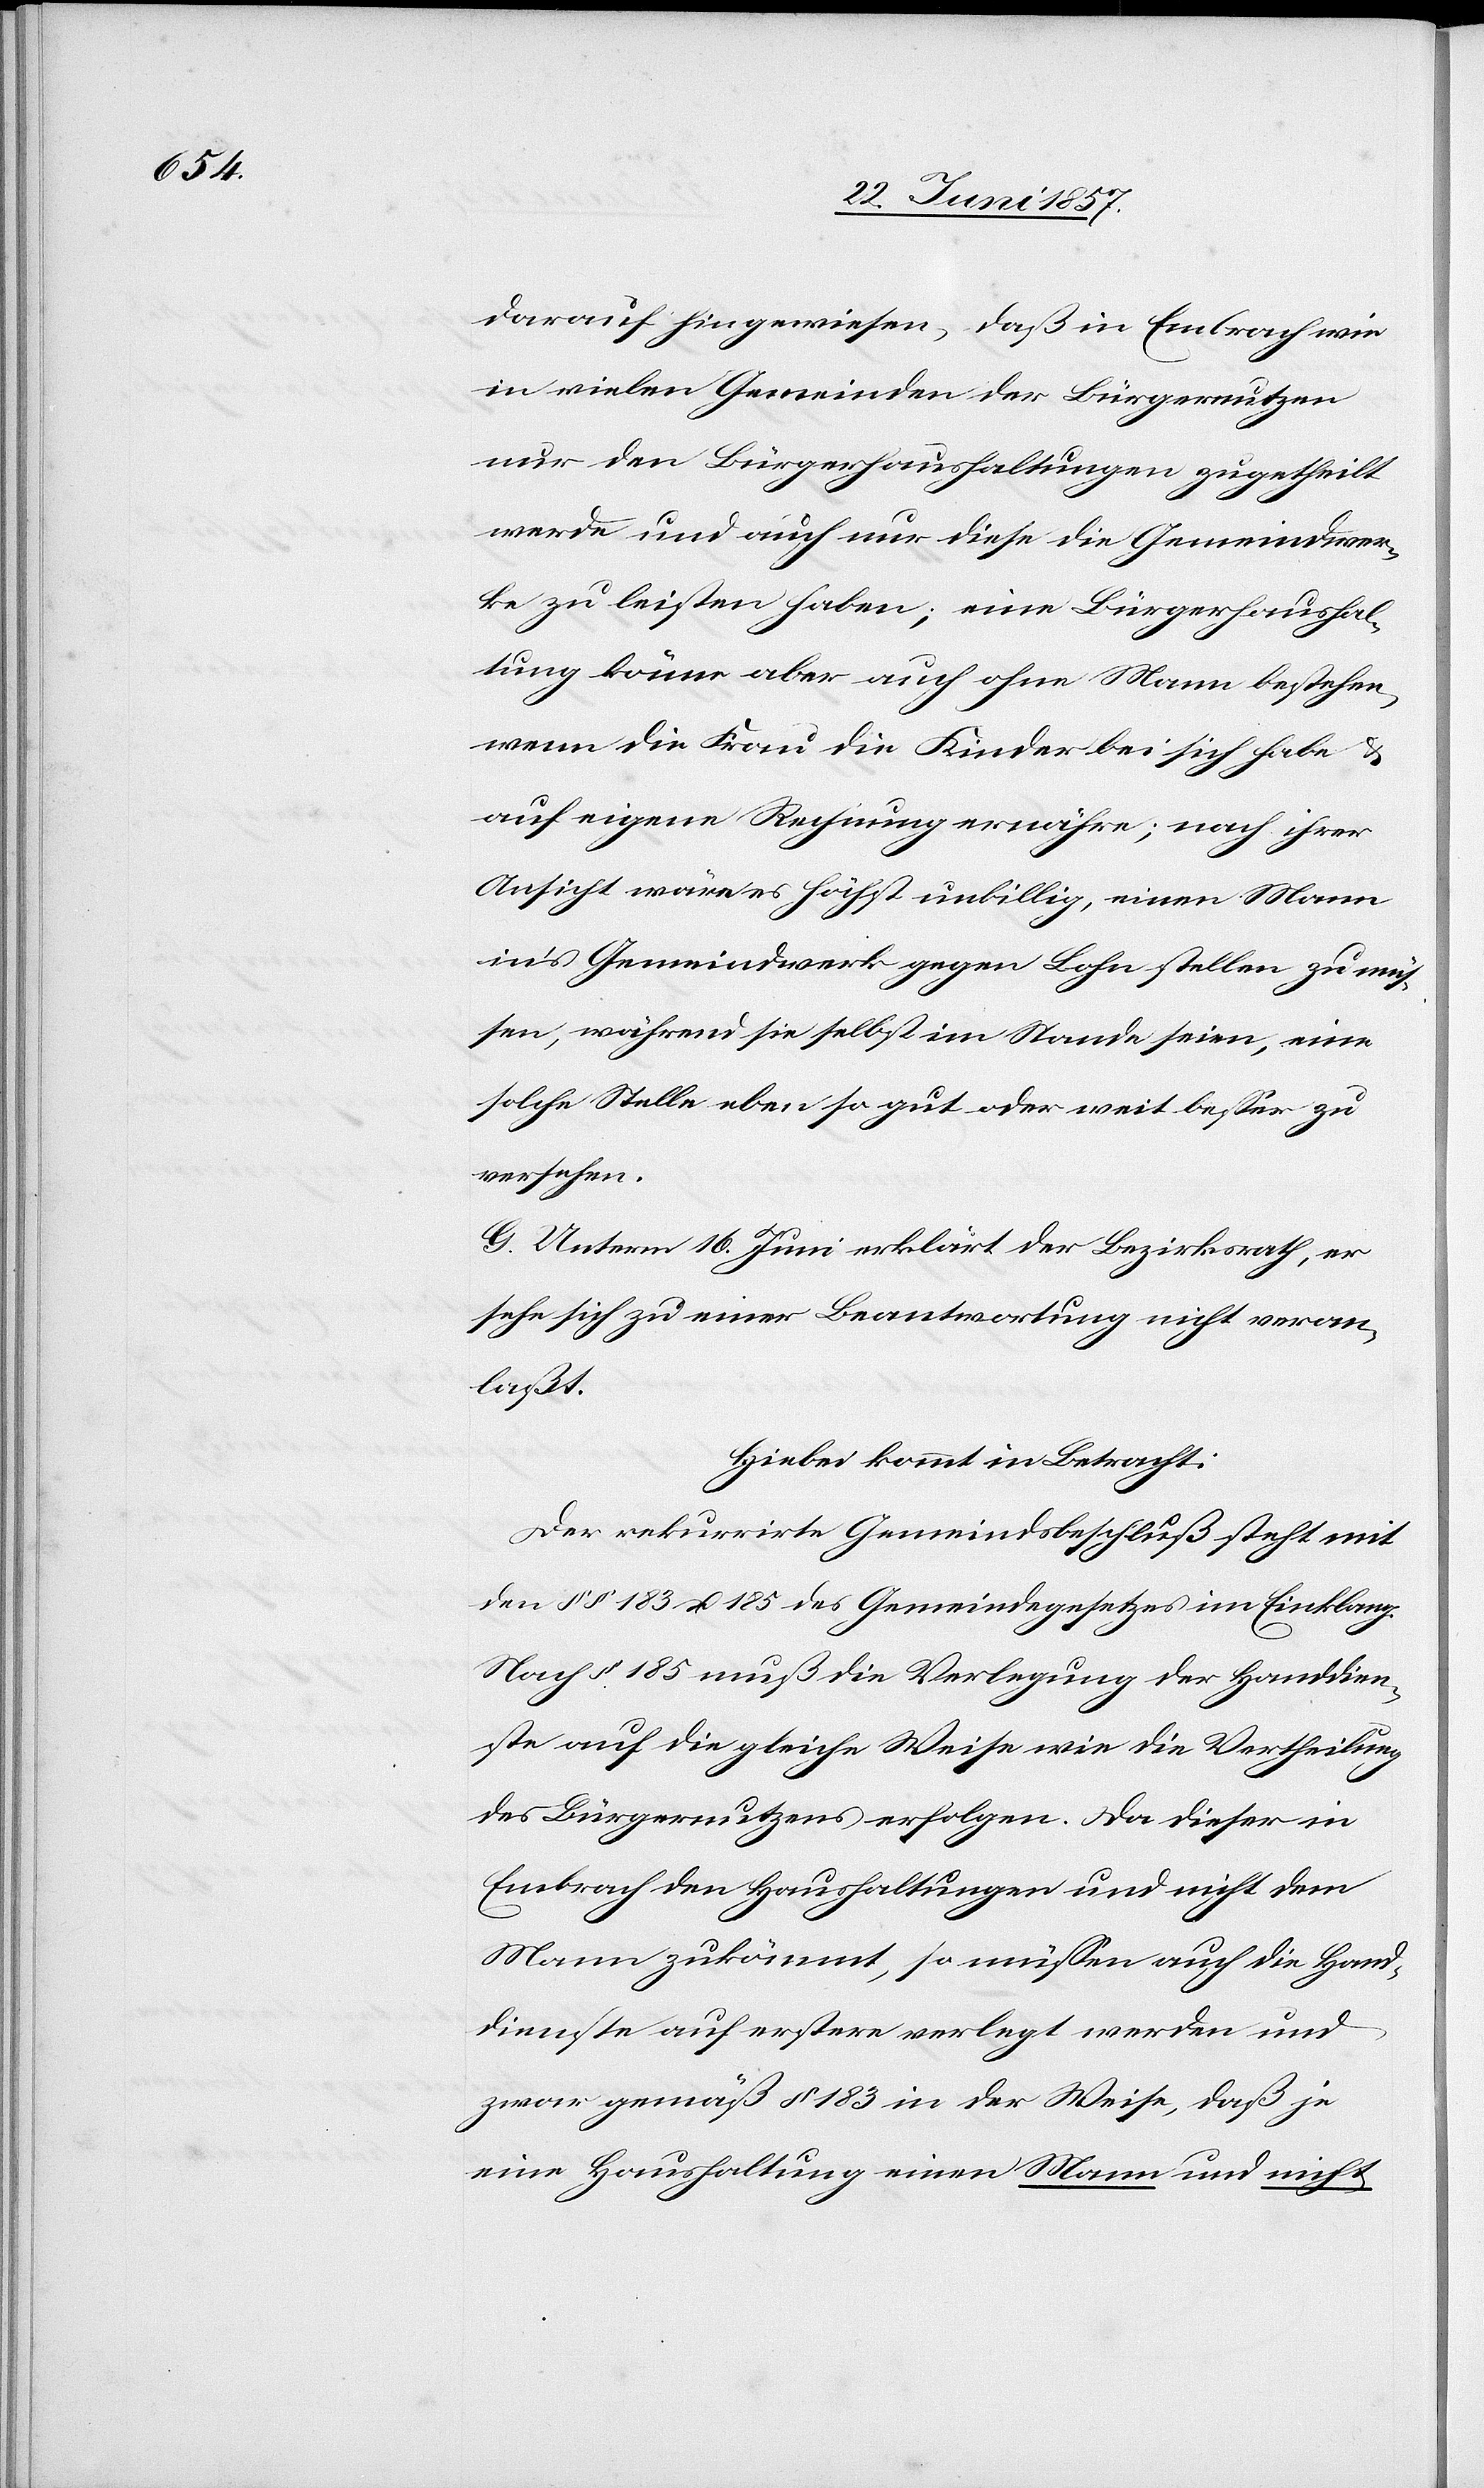
darauf hingewiesen, daß in Embrach wie
in vielen Gemeinden der Bürgernutzen
nur den Bürgerhaushaltungen zugetheilt
werde und auch nur diese die Gemeindwer¬
ke zu leisten haben; eine Bürgerhaushal¬
tung könne aber auch ohne Mann bestehen
wenn die Frau die Kinder bei sich habe &
auf eigene Rechnung ernähre; nach ihrer
Ansicht wäre es höchst unbillig, einen Mann
in’s Gemeindwerk gegen Lohn stellen zu müs¬
sen, während sie selbst im Stande seien, eine
solche Stelle eben so gut oder weit besser zu
versehen.
Unterm 16 Juni erklärt der Bezirksrath, er
sehe sich zu einer Beantwortung nicht veran¬
laßt.
Hiebei kommt in Betracht:
Der rekurrirte Gemeindsbeschluß steht mit
den §§ 183 & 185 des Gemeindegesetzes im Einklang.
Nach § 185 muß die Verlegung der Handdien¬
ste auf die gleiche Weise wie die Vertheilung
des Bürgernutzens erfolgen. Da dieser in
Embrach den Haushaltungen und nicht dem
Manne zukömmt, so müssen auch die Hand¬
dienste auf erstere verlegt werden und
zwar gemäß § 183 in der Weise, daß je
eine Haushaltung einen Mann und nicht